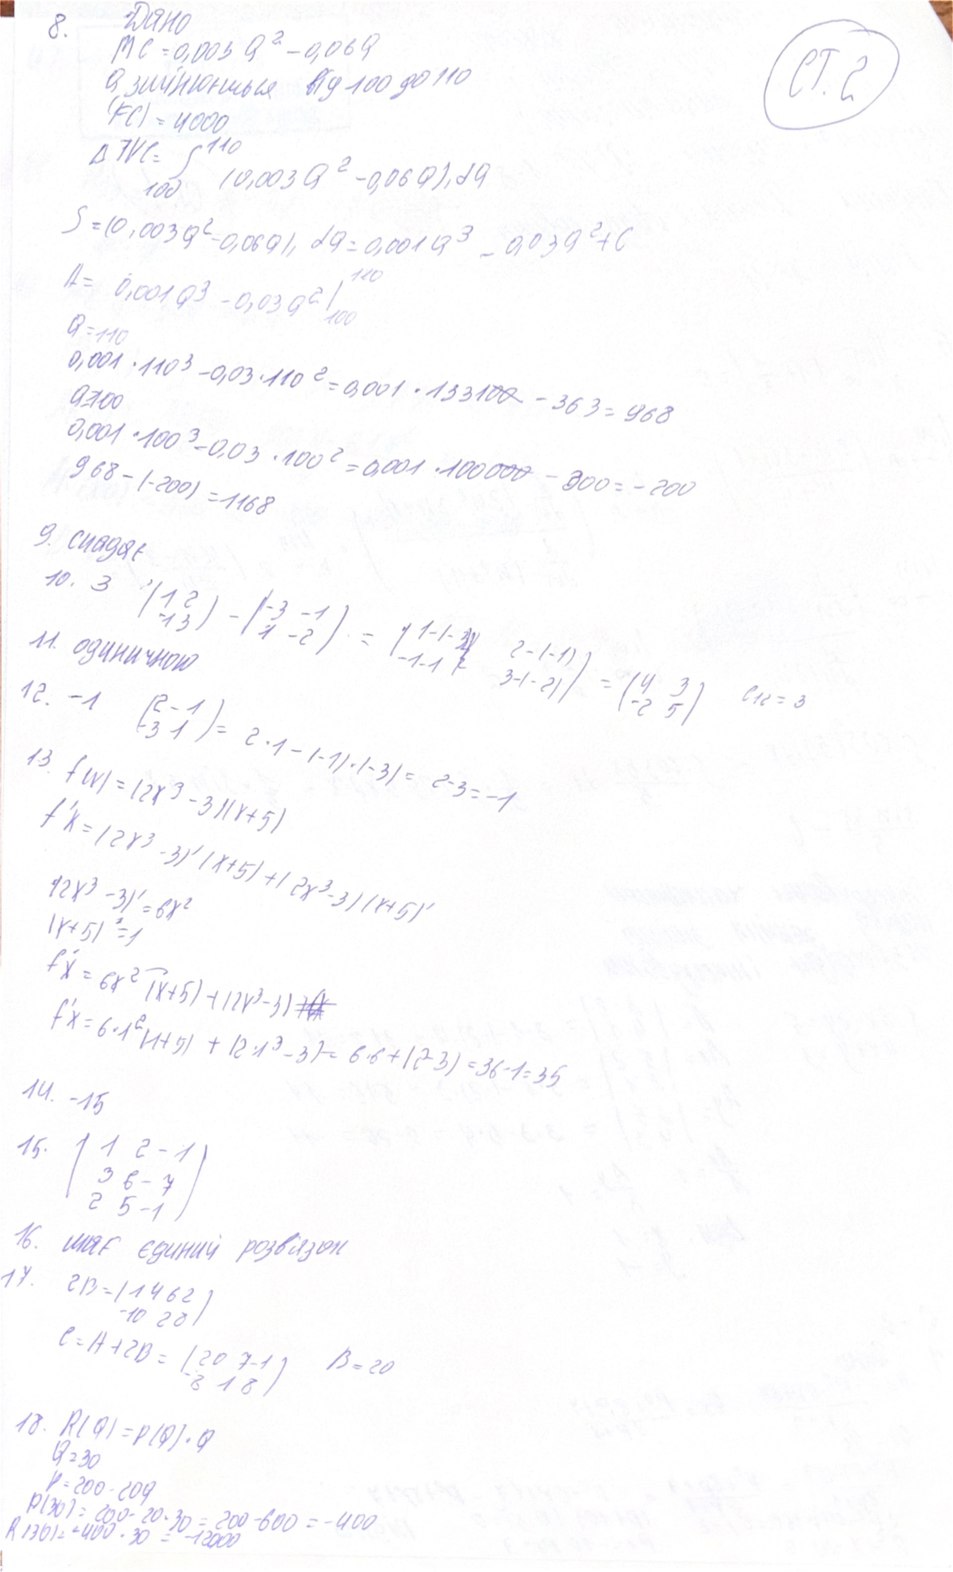
Дано
8.
СТ 2
MC = 0,003 Q² - 0,06 Q
Q в змінюються від 100 до 110
(FC) = 4000
Δ ТVC = ₁₀{¹¹⁰ (0,003 Q² - 0,06 Q), dQ
S = (0,003 Q² - 0,06 Q), dQ = 0,001 Q³ - 0,03 Q² + C
A = 0,001 Q³ - 0,03 Q² | 110 100
0,001 · 110³ - 0,03 · 110² = 0,001 · 1331~~00~~ - 363 = 968
Q = 110
0,001 · 100³ - 0,03 · 100² = 0,001 · 1000~~00~~ - 300 = -200
Q = 100
968 - (-200) = 1168
10. 3 (1 2; -1 3) - (-3 -1; 1 -2) = ( 1 - (-3) / -1-1)  2 - (-1) / -1 - 1 3 - (-2) ) = (4 3; -2 5) C12 = 3
9. сиадає
12. -1 (2 -1; -3 1) = 2 ‧ 1 - (-1) ‧ (-3) = 2-3=-1
11. одиночною
13. f(x) = (2x³ - 3)(x+5)
f'x = (2x³ - 3)' (x + 5) + (2x³ - 3) (x + 5)'
(2x³ - 3)' = 6x²
(x+5) = 1
f'x = 6x² (x+5) + (2x³ - 3)
f'x = 6 ‧ 1² (1 + 5) + (2 ‧ 1³ - 3) = 6 ‧ 6 + (2 -3) = 36 - 1 = 35
[illegible]
14. -15
15. (1 2 -1; 3 6 -7; 2 5 -1)
16. має єдиний розв'язок
17. 2B = (14 62; -10 20)
C = A + 2B = (20 7 - 1; -8 18) B = 20
18. R(Q) = P(Q) · Q
Q=30
V = 200 -209
P (30) = 200 - 20 ‧ 30 = 200 - 600 = -400
R (30) = -400 ‧ 30 = -12000